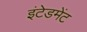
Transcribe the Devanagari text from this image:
इंटेडमेंट